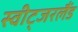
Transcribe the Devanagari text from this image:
स्वीट्‍जरलैंड